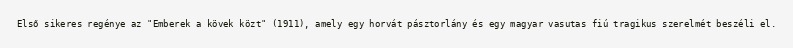
Első sikeres regénye az "Emberek a kövek közt" (1911), amely egy horvát pásztorlány és egy magyar vasutas fiú tragikus szerelmét beszéli el.